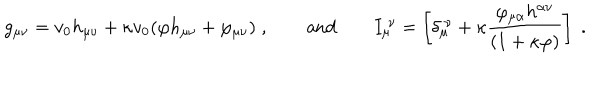
g _ { \mu \nu } = v _ { 0 } h _ { \mu \nu } + \kappa v _ { 0 } ( \varphi h _ { \mu \nu } + \varphi _ { \mu \nu } ) \; , \qquad \mathrm { a n d } \qquad I _ { \mu } ^ { \ \nu } = \left[ \delta _ { \mu } ^ { \ \nu } + \kappa \frac { \varphi _ { \mu \alpha } h ^ { \alpha \nu } } { ( 1 + \kappa \varphi ) } \right] \; .